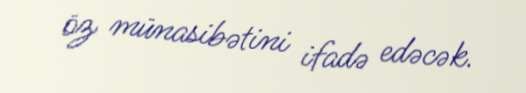
öz münasibətini ifadə edəcək.